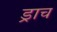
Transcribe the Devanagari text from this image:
ड्राच